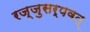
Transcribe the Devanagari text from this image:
रज्जुसर्पवत्